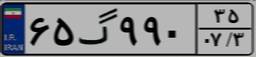
۶۵گ۹۹۰۳۵